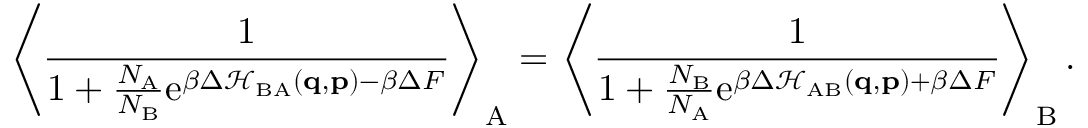
\left\langle \frac { 1 } { 1 + \frac { N _ { \mathrm { A } } } { N _ { \mathrm { B } } } \mathrm { e } ^ { \beta \Delta \mathcal { H } _ { \mathrm { B A } } ( \mathbf { q } , \mathbf { p } ) - \beta \Delta F } } \right\rangle _ { \mathrm { A } } = \left\langle \frac { 1 } { 1 + \frac { N _ { \mathrm { B } } } { N _ { \mathrm { A } } } \mathrm { e } ^ { \beta \Delta \mathcal { H } _ { \mathrm { A B } } ( \mathbf { q } , \mathbf { p } ) + \beta \Delta F } } \right\rangle _ { \mathrm { B } } .